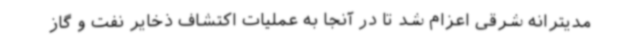
مدیترانه شرقی اعزام شد تا در آنجا به عملیات اکتشاف ذخایر نفت و گاز